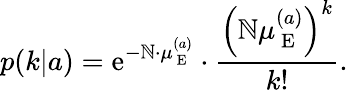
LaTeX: p(k|a)=\mathrm{e}^{-\mathbb{N}\cdot\mu_{\mathrm{{~E~}}}^{(a)}}\cdot\frac{{\left(\mathbb{N}\mu_{\mathrm{{~E~}}}^{(a)}\right)^{k}}}{{k!}}.